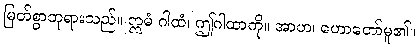
မြတ်စွာဘုရားသည်။ ဣမံ ဂါထံ၊ ဤဂါထာကို။ အာဟ၊ ဟောတော်မူ၏။